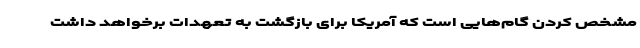
مشخص کردن گام‌هایی است که آمریکا برای بازگشت به تعهدات برخواهد داشت